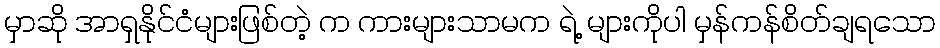
မှာဆို အာရှနိုင်ငံများဖြစ်တဲ့ က ကားများသာမက ရဲ့ များကိုပါ မှန်ကန်စိတ်ချရသော